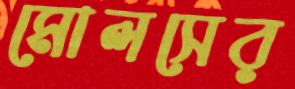
মোলসের